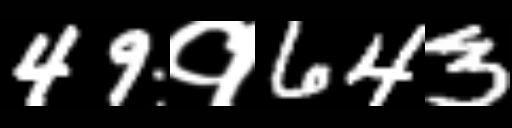
Text: 49१643